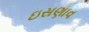
ઇસણાવ